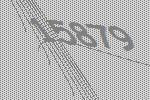
15879